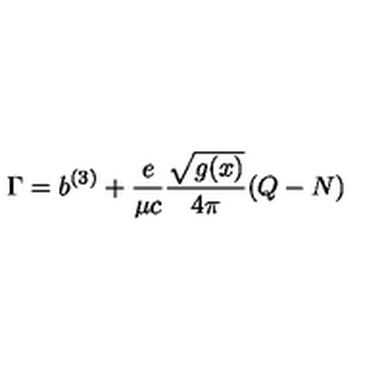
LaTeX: \Gamma = b ^ { ( 3 ) } + { \frac { e } { \mu c } } { \frac { \sqrt { g ( x ) } } { 4 \pi } } ( Q - N ) \nonumber